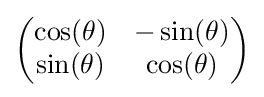
{\begin{pmatrix}\cos(\theta )&-\sin(\theta )\\\sin(\theta )&\cos(\theta )\end{pmatrix}}